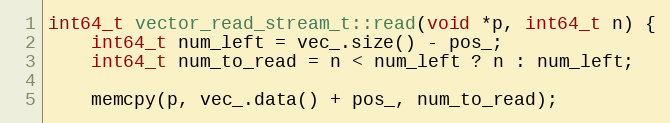
Language: C++
int64_t vector_read_stream_t::read(void *p, int64_t n) {
    int64_t num_left = vec_.size() - pos_;
    int64_t num_to_read = n < num_left ? n : num_left;

    memcpy(p, vec_.data() + pos_, num_to_read);